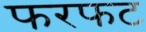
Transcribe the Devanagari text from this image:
फरफट